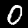
Label: 0